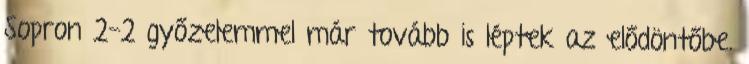
Sopron 2-2 győzelemmel már tovább is léptek az elődöntőbe.